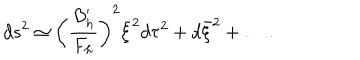
LaTeX: d s ^ { 2 } \simeq \left( { \frac { B _ { h } ^ { \prime } } { F _ { h } } } \right) ^ { 2 } \bar { \xi } ^ { 2 } d \tau ^ { 2 } + d \bar { \xi } ^ { 2 } + \dots .